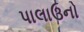
પાલાઉનો